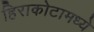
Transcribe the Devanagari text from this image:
हिराकोटामध्ये